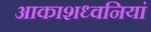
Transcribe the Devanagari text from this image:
आकाशध्वनियां